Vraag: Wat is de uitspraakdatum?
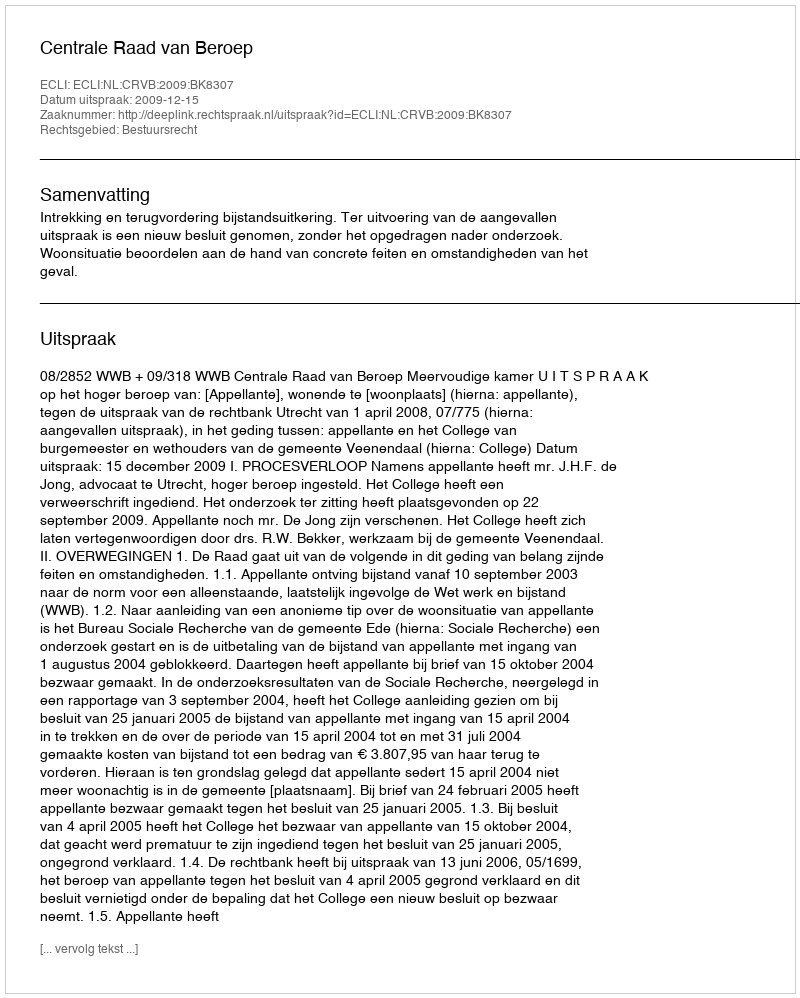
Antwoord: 2009-12-15